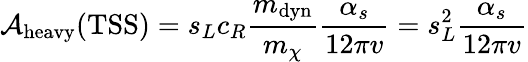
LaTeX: {\cal A}_{\mathrm{heavy}}(\mathrm{TSS})=s_{L}c_{R}\frac{m_{\mathrm{dyn}}}{m_{\chi}}\frac{\alpha_{s}}{12\pi v}=s_{L}^{2}\frac{\alpha_{s}}{12\pi v}